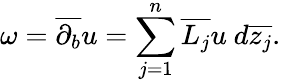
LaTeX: \omega={\overline{{\partial_{b}}}}u=\sum_{j=1}^{n}{\overline{{L_{j}}}}u\ d{\overline{{z_{j}}}}.